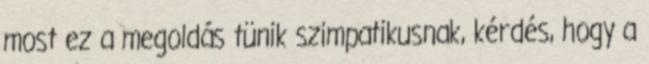
most ez a megoldás tünik szimpatikusnak, kérdés, hogy a